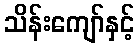
သိန်းကျော်နှင့်